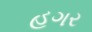
હગર